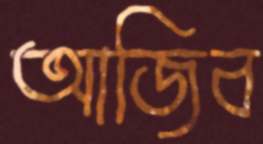
আজিব